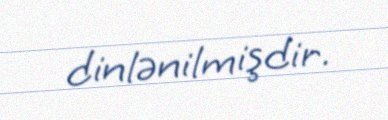
dinlənilmişdir.